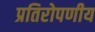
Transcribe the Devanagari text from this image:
प्रतिरोपणीय